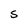
Character: S